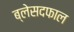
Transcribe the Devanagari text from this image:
ब्लेसदफाल